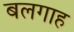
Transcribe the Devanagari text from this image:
बलगाह